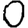
Digit: 0